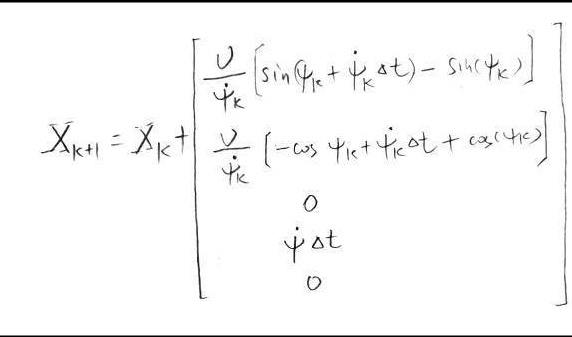
\(X_{k + 1}=X_{k}+\begin{bmatrix}\frac{v}{\dot{\psi}_{k}}[\sin(\psi_{k}+\dot{\psi}_{k}\Delta t)-\sin(\psi_{k})]\\\frac{v}{\dot{\psi}_{k}}[-\cos(\psi_{k}+\dot{\psi}_{k}\Delta t)+\cos(\psi_{k})]\\0\\\dot{\psi}\Delta t\\0\end{bmatrix}\)